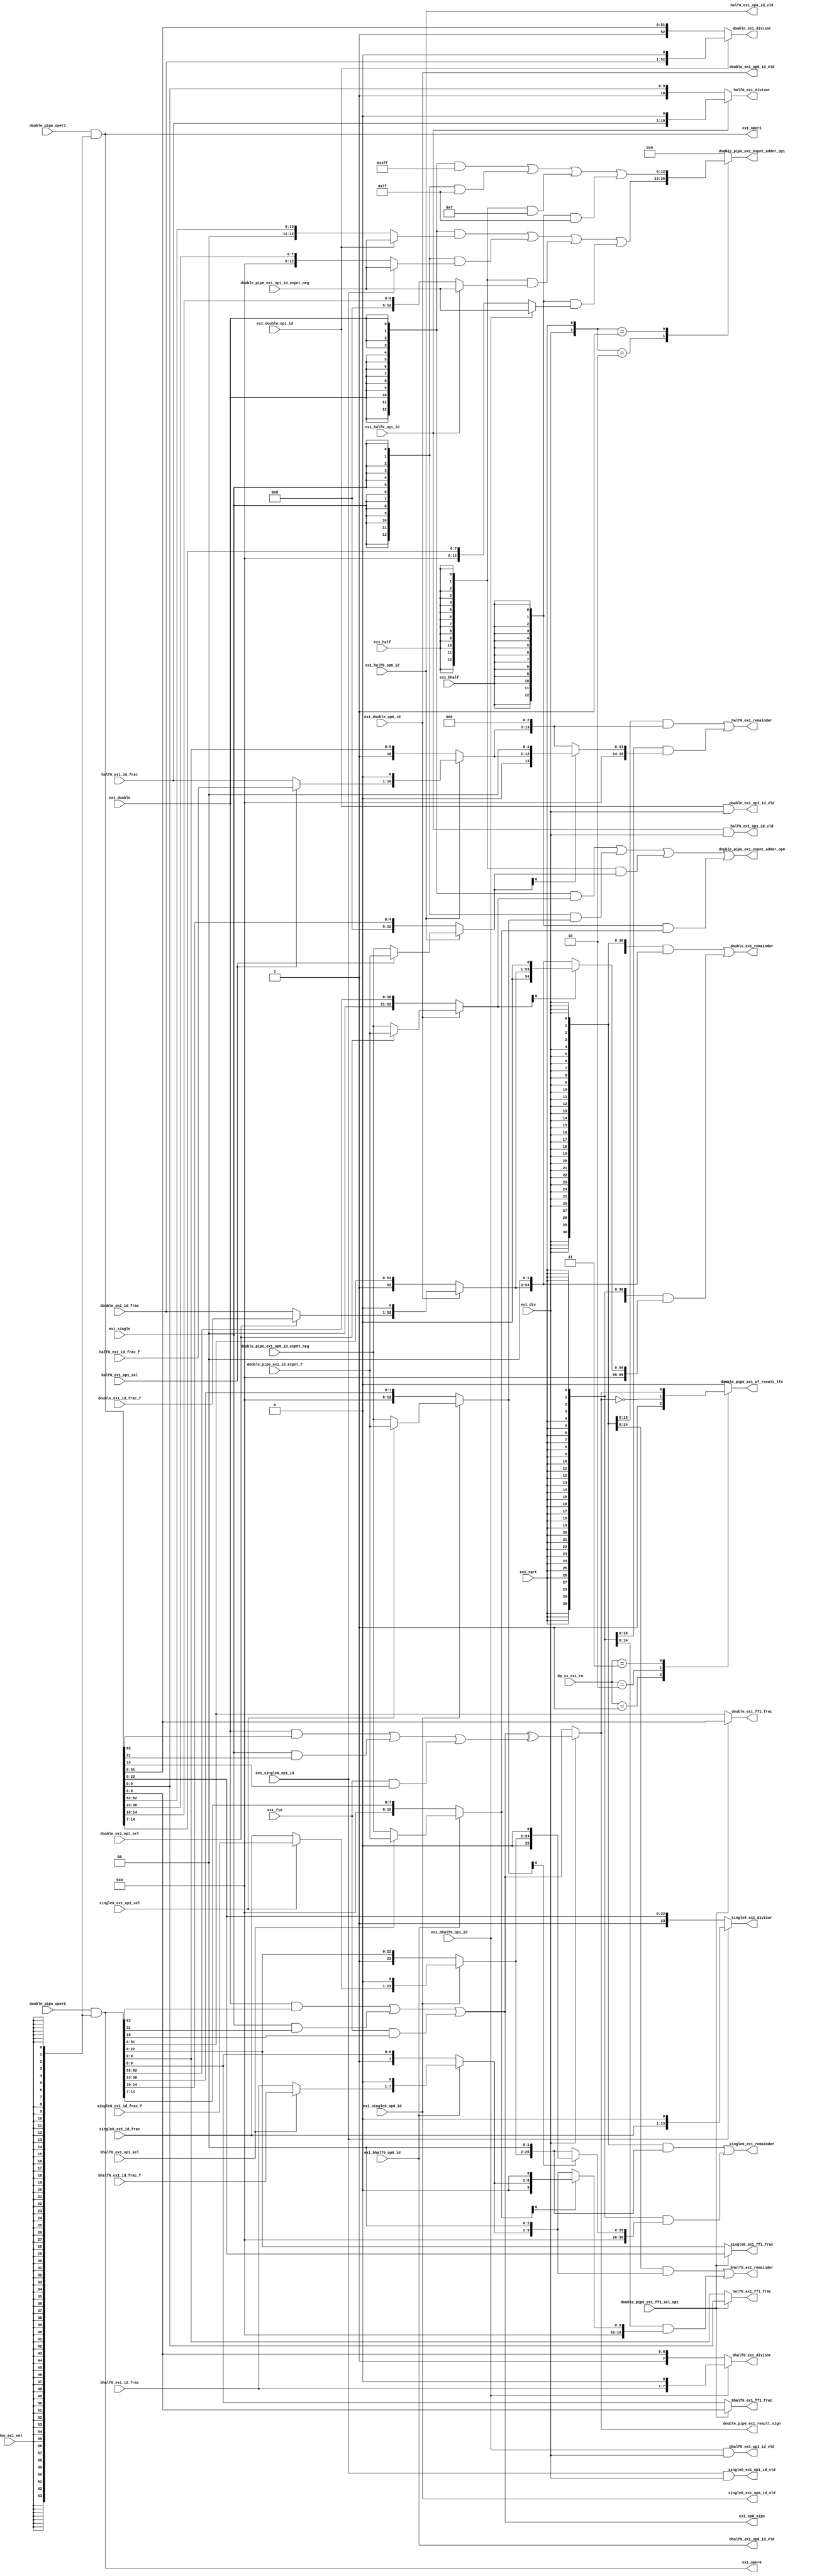
// This program was cloned from: https://github.com/T-head-Semi/openc906
// License: Apache License 2.0

/*Copyright 2020-2021 T-Head Semiconductor Co., Ltd.

Licensed under the Apache License, Version 2.0 (the "License");
you may not use this file except in compliance with the License.
You may obtain a copy of the License at

    http://www.apache.org/licenses/LICENSE-2.0

Unless required by applicable law or agreed to in writing, software
distributed under the License is distributed on an "AS IS" BASIS,
WITHOUT WARRANTIES OR CONDITIONS OF ANY KIND, either express or implied.
See the License for the specific language governing permissions and
limitations under the License.
*/

// &ModuleBeg; @23
module aq_fdsu_prepare(
  bhalf0_ex1_divisor,
  bhalf0_ex1_ff1_frac,
  bhalf0_ex1_id_frac,
  bhalf0_ex1_id_frac_f,
  bhalf0_ex1_op0_id_vld,
  bhalf0_ex1_op1_id_vld,
  bhalf0_ex1_op1_sel,
  bhalf0_ex1_remainder,
  double_ex1_divisor,
  double_ex1_ff1_frac,
  double_ex1_id_frac,
  double_ex1_id_frac_f,
  double_ex1_op0_id_vld,
  double_ex1_op1_id_vld,
  double_ex1_op1_sel,
  double_ex1_remainder,
  double_pipe_ex1_expnt_adder_op0,
  double_pipe_ex1_expnt_adder_op1,
  double_pipe_ex1_ff1_sel_op1,
  double_pipe_ex1_id_expnt_f,
  double_pipe_ex1_of_result_lfn,
  double_pipe_ex1_op0_id_expnt_neg,
  double_pipe_ex1_op1_id_expnt_neg,
  double_pipe_ex1_result_sign,
  double_pipe_oper0,
  double_pipe_oper1,
  dp_xx_ex1_rm,
  ex1_bhalf,
  ex1_bhalf0_op0_id,
  ex1_bhalf0_op1_id,
  ex1_div,
  ex1_double,
  ex1_double_op0_id,
  ex1_double_op1_id,
  ex1_f16,
  ex1_half,
  ex1_half0_op0_id,
  ex1_half0_op1_id,
  ex1_op0_sign,
  ex1_oper0,
  ex1_oper1,
  ex1_single,
  ex1_single0_op0_id,
  ex1_single0_op1_id,
  ex1_sqrt,
  fdsu_ex1_sel,
  half0_ex1_divisor,
  half0_ex1_ff1_frac,
  half0_ex1_id_frac,
  half0_ex1_id_frac_f,
  half0_ex1_op0_id_vld,
  half0_ex1_op1_id_vld,
  half0_ex1_op1_sel,
  half0_ex1_remainder,
  single0_ex1_divisor,
  single0_ex1_ff1_frac,
  single0_ex1_id_frac,
  single0_ex1_id_frac_f,
  single0_ex1_op0_id_vld,
  single0_ex1_op1_id_vld,
  single0_ex1_op1_sel,
  single0_ex1_remainder
);

// &Ports; @24
input   [6 :0]  bhalf0_ex1_id_frac;              
input   [6 :0]  bhalf0_ex1_id_frac_f;            
input           bhalf0_ex1_op1_sel;              
input   [51:0]  double_ex1_id_frac;              
input   [51:0]  double_ex1_id_frac_f;            
input           double_ex1_op1_sel;              
input           double_pipe_ex1_ff1_sel_op1;     
input   [12:0]  double_pipe_ex1_id_expnt_f;      
input   [12:0]  double_pipe_ex1_op0_id_expnt_neg; 
input   [12:0]  double_pipe_ex1_op1_id_expnt_neg; 
input   [63:0]  double_pipe_oper0;               
input   [63:0]  double_pipe_oper1;               
input   [2 :0]  dp_xx_ex1_rm;                    
input           ex1_bhalf;                       
input           ex1_bhalf0_op0_id;               
input           ex1_bhalf0_op1_id;               
input           ex1_div;                         
input           ex1_double;                      
input           ex1_double_op0_id;               
input           ex1_double_op1_id;               
input           ex1_f16;                         
input           ex1_half;                        
input           ex1_half0_op0_id;                
input           ex1_half0_op1_id;                
input           ex1_single;                      
input           ex1_single0_op0_id;              
input           ex1_single0_op1_id;              
input           ex1_sqrt;                        
input           fdsu_ex1_sel;                    
input   [9 :0]  half0_ex1_id_frac;               
input   [9 :0]  half0_ex1_id_frac_f;             
input           half0_ex1_op1_sel;               
input   [22:0]  single0_ex1_id_frac;             
input   [22:0]  single0_ex1_id_frac_f;           
input           single0_ex1_op1_sel;             
output  [7 :0]  bhalf0_ex1_divisor;              
output  [6 :0]  bhalf0_ex1_ff1_frac;             
output          bhalf0_ex1_op0_id_vld;           
output          bhalf0_ex1_op1_id_vld;           
output  [14:0]  bhalf0_ex1_remainder;            
output  [52:0]  double_ex1_divisor;              
output  [51:0]  double_ex1_ff1_frac;             
output          double_ex1_op0_id_vld;           
output          double_ex1_op1_id_vld;           
output  [59:0]  double_ex1_remainder;            
output  [12:0]  double_pipe_ex1_expnt_adder_op0; 
output  [12:0]  double_pipe_ex1_expnt_adder_op1; 
output          double_pipe_ex1_of_result_lfn;   
output          double_pipe_ex1_result_sign;     
output          ex1_op0_sign;                    
output  [63:0]  ex1_oper0;                       
output  [63:0]  ex1_oper1;                       
output  [10:0]  half0_ex1_divisor;               
output  [9 :0]  half0_ex1_ff1_frac;              
output          half0_ex1_op0_id_vld;            
output          half0_ex1_op1_id_vld;            
output  [18:0]  half0_ex1_remainder;             
output  [23:0]  single0_ex1_divisor;             
output  [22:0]  single0_ex1_ff1_frac;            
output          single0_ex1_op0_id_vld;          
output          single0_ex1_op1_id_vld;          
output  [30:0]  single0_ex1_remainder;           

// &Regs; @25
reg             double_pipe_ex1_of_result_lfn;   
reg     [12:0]  ex1_expnt_adder_op1;             

// &Wires; @26
wire    [7 :0]  bhalf0_ex1_div_nor_srt_op0;      
wire    [7 :0]  bhalf0_ex1_div_nor_srt_op1;      
wire    [12:0]  bhalf0_ex1_div_op0_expnt;        
wire    [12:0]  bhalf0_ex1_div_op1_expnt;        
wire    [7 :0]  bhalf0_ex1_divisor;              
wire    [6 :0]  bhalf0_ex1_ff1_frac;             
wire    [6 :0]  bhalf0_ex1_id_frac;              
wire    [6 :0]  bhalf0_ex1_id_frac_f;            
wire            bhalf0_ex1_op0_id_nor;           
wire            bhalf0_ex1_op0_id_vld;           
wire            bhalf0_ex1_op1_id_nor;           
wire            bhalf0_ex1_op1_id_vld;           
wire            bhalf0_ex1_op1_sel;              
wire    [12:0]  bhalf0_ex1_oper0_id_expnt;       
wire    [6 :0]  bhalf0_ex1_oper0_id_frac;        
wire    [12:0]  bhalf0_ex1_oper1_id_expnt;       
wire    [6 :0]  bhalf0_ex1_oper1_id_frac;        
wire    [14:0]  bhalf0_ex1_remainder;            
wire            bhalf0_ex1_sqrt_expnt_odd;       
wire    [7 :0]  bhalf0_ex1_sqrt_srt_op0;         
wire    [14:0]  bhalf0_sqrt_remainder;           
wire            div_sign;                        
wire    [52:0]  double_ex1_div_nor_srt_op0;      
wire    [52:0]  double_ex1_div_nor_srt_op1;      
wire    [12:0]  double_ex1_div_op0_expnt;        
wire    [12:0]  double_ex1_div_op1_expnt;        
wire    [52:0]  double_ex1_divisor;              
wire    [51:0]  double_ex1_ff1_frac;             
wire    [51:0]  double_ex1_id_frac;              
wire    [51:0]  double_ex1_id_frac_f;            
wire            double_ex1_op0_id_nor;           
wire            double_ex1_op0_id_vld;           
wire            double_ex1_op1_id_nor;           
wire            double_ex1_op1_id_vld;           
wire            double_ex1_op1_sel;              
wire    [12:0]  double_ex1_oper0_id_expnt;       
wire    [51:0]  double_ex1_oper0_id_frac;        
wire    [12:0]  double_ex1_oper1_id_expnt;       
wire    [51:0]  double_ex1_oper1_id_frac;        
wire    [59:0]  double_ex1_remainder;            
wire            double_ex1_sqrt_expnt_odd;       
wire    [52:0]  double_ex1_sqrt_srt_op0;         
wire    [12:0]  double_pipe_ex1_expnt_adder_op0; 
wire    [12:0]  double_pipe_ex1_expnt_adder_op1; 
wire            double_pipe_ex1_ff1_sel_op1;     
wire    [12:0]  double_pipe_ex1_id_expnt_f;      
wire    [12:0]  double_pipe_ex1_op0_id_expnt_neg; 
wire    [12:0]  double_pipe_ex1_op1_id_expnt_neg; 
wire            double_pipe_ex1_result_sign;     
wire    [63:0]  double_pipe_oper0;               
wire    [63:0]  double_pipe_oper1;               
wire    [59:0]  double_sqrt_remainder;           
wire    [2 :0]  dp_xx_ex1_rm;                    
wire            ex1_bhalf;                       
wire            ex1_bhalf0_op0_id;               
wire            ex1_bhalf0_op1_id;               
wire            ex1_div;                         
wire    [12:0]  ex1_div_op0_expnt;               
wire    [12:0]  ex1_div_op1_expnt;               
wire            ex1_double;                      
wire            ex1_double_op0_id;               
wire            ex1_double_op1_id;               
wire            ex1_f16;                         
wire            ex1_half;                        
wire            ex1_half0_op0_id;                
wire            ex1_half0_op1_id;                
wire            ex1_op0_sign;                    
wire            ex1_op1_sign;                    
wire    [63:0]  ex1_oper0;                       
wire    [63:0]  ex1_oper1;                       
wire            ex1_result_sign;                 
wire    [2 :0]  ex1_rm;                          
wire            ex1_single;                      
wire            ex1_single0_op0_id;              
wire            ex1_single0_op1_id;              
wire            ex1_sqrt;                        
wire    [12:0]  ex1_sqrt_op1_expnt;              
wire            fdsu_ex1_sel;                    
wire    [10:0]  half0_ex1_div_nor_srt_op0;       
wire    [10:0]  half0_ex1_div_nor_srt_op1;       
wire    [12:0]  half0_ex1_div_op0_expnt;         
wire    [12:0]  half0_ex1_div_op1_expnt;         
wire    [10:0]  half0_ex1_divisor;               
wire    [9 :0]  half0_ex1_ff1_frac;              
wire    [9 :0]  half0_ex1_id_frac;               
wire    [9 :0]  half0_ex1_id_frac_f;             
wire            half0_ex1_op0_id_nor;            
wire            half0_ex1_op0_id_vld;            
wire            half0_ex1_op1_id_nor;            
wire            half0_ex1_op1_id_vld;            
wire            half0_ex1_op1_sel;               
wire    [12:0]  half0_ex1_oper0_id_expnt;        
wire    [9 :0]  half0_ex1_oper0_id_frac;         
wire    [12:0]  half0_ex1_oper1_id_expnt;        
wire    [9 :0]  half0_ex1_oper1_id_frac;         
wire    [18:0]  half0_ex1_remainder;             
wire            half0_ex1_sqrt_expnt_odd;        
wire    [10:0]  half0_ex1_sqrt_srt_op0;          
wire    [18:0]  half0_sqrt_remainder;            
wire    [23:0]  single0_ex1_div_nor_srt_op0;     
wire    [23:0]  single0_ex1_div_nor_srt_op1;     
wire    [12:0]  single0_ex1_div_op0_expnt;       
wire    [12:0]  single0_ex1_div_op1_expnt;       
wire    [23:0]  single0_ex1_divisor;             
wire    [22:0]  single0_ex1_ff1_frac;            
wire    [22:0]  single0_ex1_id_frac;             
wire    [22:0]  single0_ex1_id_frac_f;           
wire            single0_ex1_op0_id_nor;          
wire            single0_ex1_op0_id_vld;          
wire            single0_ex1_op1_id_nor;          
wire            single0_ex1_op1_id_vld;          
wire            single0_ex1_op1_sel;             
wire    [12:0]  single0_ex1_oper0_id_expnt;      
wire    [22:0]  single0_ex1_oper0_id_frac;       
wire    [12:0]  single0_ex1_oper1_id_expnt;      
wire    [22:0]  single0_ex1_oper1_id_frac;       
wire    [30:0]  single0_ex1_remainder;           
wire            single0_ex1_sqrt_expnt_odd;      
wire    [23:0]  single0_ex1_sqrt_srt_op0;        
wire    [30:0]  single0_sqrt_remainder;          
wire            sqrt_sign;                       


parameter FLEN = 64;
// &Force("output","ex1_oper0"); @29
// &Force("output","ex1_oper1"); @30
assign ex1_oper0[63:0]             = double_pipe_oper0[FLEN-1:0] & {64{fdsu_ex1_sel}};
assign ex1_oper1[63:0]             = double_pipe_oper1[FLEN-1:0] & {64{fdsu_ex1_sel}};
//assign ex1_double                  = idu_fpu_ex1_fdsu_fmt[0];
//assign ex1_single                  = idu_fpu_ex1_fdsu_fmt[1];
//assign ex1_half                    = !ex1_double && !ex1_single && cp0_vpu_xx_bf16;
// &Force("bus", "idu_fpu_ex1_func", 9, 0); @36
assign double_ex1_op0_id_nor       = ex1_double_op0_id;
assign double_ex1_op1_id_nor       = ex1_double_op1_id;
assign single0_ex1_op0_id_nor      = ex1_single0_op0_id;
assign single0_ex1_op1_id_nor      = ex1_single0_op1_id;
assign half0_ex1_op0_id_nor        = ex1_half0_op0_id;
assign half0_ex1_op1_id_nor        = ex1_half0_op1_id;
assign bhalf0_ex1_op0_id_nor       = ex1_bhalf0_op0_id;
assign bhalf0_ex1_op1_id_nor       = ex1_bhalf0_op1_id;

//Sign bit prepare
assign ex1_op0_sign                = ex1_double && ex1_oper0[63]
                                  || ex1_single && ex1_oper0[31]
                                  || ex1_f16    && ex1_oper0[15];
assign ex1_op1_sign                = ex1_double && ex1_oper1[63]
                                  || ex1_single && ex1_oper1[31]
                                  || ex1_f16    && ex1_oper1[15];
assign div_sign                    = ex1_op0_sign ^ ex1_op1_sign;
assign sqrt_sign                   = ex1_op0_sign;
assign ex1_result_sign             = (ex1_div)
                                   ? div_sign
                                   : sqrt_sign;

//=====================find first one=======================
// this is for the denormal number
assign double_ex1_ff1_frac[51:0]  =  double_pipe_ex1_ff1_sel_op1 ? ex1_oper1[51:0]
                                                        : ex1_oper0[51:0];
assign single0_ex1_ff1_frac[22:0] = double_pipe_ex1_ff1_sel_op1 ? ex1_oper1[22:0]
                                                        : ex1_oper0[22:0];
assign half0_ex1_ff1_frac[9:0]    = double_pipe_ex1_ff1_sel_op1   ? ex1_oper1[9:0]
                                                        : ex1_oper0[9:0];
assign bhalf0_ex1_ff1_frac[6:0]   = double_pipe_ex1_ff1_sel_op1   ? ex1_oper1[6:0]
                                                        : ex1_oper0[6:0];
 
//&Instance("pa_fdsu_ff1", "x_frac_expnt");
// //&Connect(.frac_num(ex1_oper_frac[51:0])); @71
// //&Connect(.frac_bin_val(ex1_oper_id_expnt[12:0])); @72
// //&Connect(.fanc_shift_num(ex1_oper_id_frac[51:0])); @73
// //&Force("output", "ex1_oper_id_expnt"); &Force("bus", "ex1_oper_id_expnt", 12, 0); @74
// //&Force("output", "ex1_oper_id_frac"); &Force("bus", "ex1_oper_id_frac", 51, 0); @75

assign double_ex1_oper0_id_expnt[12:0]   = double_ex1_op1_sel ? double_pipe_ex1_id_expnt_f[12:0]
                                                              : double_pipe_ex1_op0_id_expnt_neg[12:0];
assign single0_ex1_oper0_id_expnt[12:0]  = single0_ex1_op1_sel ? double_pipe_ex1_id_expnt_f[12:0]
                                                               : double_pipe_ex1_op0_id_expnt_neg[12:0];
assign half0_ex1_oper0_id_expnt[12:0]    = half0_ex1_op1_sel ? double_pipe_ex1_id_expnt_f[12:0]
                                                             :  double_pipe_ex1_op0_id_expnt_neg[12:0];
assign bhalf0_ex1_oper0_id_expnt[12:0]   = bhalf0_ex1_op1_sel ? double_pipe_ex1_id_expnt_f[12:0]
                                                              : double_pipe_ex1_op0_id_expnt_neg[12:0]; 
//assign double_pipe_ex1_oper0_id_expnt[12:0]= {13{ex1_double}} & double_ex1_oper0_id_expnt[12:0]  |
//                                             {13{ex1_single}} & single0_ex1_oper0_id_expnt[12:0] |
//                                             {13{ex1_half}}   & half0_ex1_oper0_id_expnt[12:0]   |
//                                             {13{ex1_bhalf}}  & bhalf0_ex1_oper0_id_expnt[12:0];

assign double_ex1_oper0_id_frac[51:0]    = double_ex1_op1_sel ? double_ex1_id_frac_f[51:0]
                                                              : double_ex1_id_frac[51:0];
assign single0_ex1_oper0_id_frac[22:0]   = single0_ex1_op1_sel ? single0_ex1_id_frac_f[22:0]
                                                               : single0_ex1_id_frac[22:0];
assign half0_ex1_oper0_id_frac[9:0]      = half0_ex1_op1_sel ? half0_ex1_id_frac_f[9:0]
                                                             : half0_ex1_id_frac[9:0];         
assign bhalf0_ex1_oper0_id_frac[6:0]     = bhalf0_ex1_op1_sel ? bhalf0_ex1_id_frac_f[6:0]
                                                              : bhalf0_ex1_id_frac[6:0];


assign double_ex1_oper1_id_expnt[12:0]  = double_pipe_ex1_op1_id_expnt_neg[12:0];
assign double_ex1_oper1_id_frac[51:0]   = double_ex1_id_frac[51:0];
assign single0_ex1_oper1_id_expnt[12:0] = double_pipe_ex1_op1_id_expnt_neg[12:0];
assign single0_ex1_oper1_id_frac[22:0]  = single0_ex1_id_frac[22:0];
assign half0_ex1_oper1_id_expnt[12:0]   = double_pipe_ex1_op1_id_expnt_neg[12:0];
assign half0_ex1_oper1_id_frac[9:0]    = half0_ex1_id_frac[9:0];
assign bhalf0_ex1_oper1_id_expnt[12:0]  = double_pipe_ex1_op1_id_expnt_neg[12:0];
assign bhalf0_ex1_oper1_id_frac[6:0]   = bhalf0_ex1_id_frac[6:0];

//assign ex1_oper0_frac[51:0] = {52{ex1_double}} & ex1_oper0[51:0]
//                            | {52{ex1_single}} & {ex1_oper0[22:0],29'b0};
//assign ex1_oper1_frac[51:0] = {52{ex1_double}} & ex1_oper1[51:0]
//                            | {52{ex1_single}} & {ex1_oper1[22:0],29'b0};

//=====================exponent add=========================
//exponent number 0
assign double_ex1_div_op0_expnt[12:0]     = double_ex1_op0_id_nor ? double_ex1_oper0_id_expnt[12:0] 
                                                                  : {2'b0,ex1_oper0[62:52]};
assign single0_ex1_div_op0_expnt[12:0]    = single0_ex1_op0_id_nor ? single0_ex1_oper0_id_expnt[12:0]
                                                                   : {5'b0,ex1_oper0[30:23]};
assign half0_ex1_div_op0_expnt[12:0]      = half0_ex1_op0_id_nor ? half0_ex1_oper0_id_expnt[12:0]
                                                                 : {8'b0,ex1_oper0[14:10]};
assign bhalf0_ex1_div_op0_expnt[12:0]     = bhalf0_ex1_op0_id_nor ? bhalf0_ex1_oper0_id_expnt[12:0] 
                                                                  : {5'b0,ex1_oper0[14:7]};
// oper1                                                                   
assign double_ex1_div_op1_expnt[12:0]     = double_ex1_op1_id_nor ? double_ex1_oper1_id_expnt[12:0] 
                                                                  : {2'b0,ex1_oper1[62:52]};
assign single0_ex1_div_op1_expnt[12:0]    = single0_ex1_op1_id_nor ? single0_ex1_oper1_id_expnt[12:0]
                                                                   : {5'b0,ex1_oper1[30:23]};
assign half0_ex1_div_op1_expnt[12:0]      = half0_ex1_op1_id_nor ? half0_ex1_oper1_id_expnt[12:0]
                                                                 : {8'b0,ex1_oper1[14:10]};
assign bhalf0_ex1_div_op1_expnt[12:0]     = bhalf0_ex1_op1_id_nor ? bhalf0_ex1_oper1_id_expnt[12:0] 
                                                                  : {5'b0,ex1_oper1[14:7]};  

assign ex1_div_op0_expnt[12:0]     = {13{ex1_double}} & double_ex1_div_op0_expnt[12:0]
                                   | {13{ex1_single}} & single0_ex1_div_op0_expnt[12:0]
                                   | {13{ex1_half}}   & half0_ex1_div_op0_expnt[12:0]
                                   | {13{ex1_bhalf}}  & bhalf0_ex1_div_op0_expnt[12:0];
//exponent number 1
assign ex1_div_op1_expnt[12:0]  = {13{ex1_double}} & double_ex1_div_op1_expnt[12:0]
                                | {13{ex1_single}} & single0_ex1_div_op1_expnt[12:0]
                                | {13{ex1_half}}   & half0_ex1_div_op1_expnt[12:0]
                                | {13{ex1_bhalf}}  & bhalf0_ex1_div_op1_expnt[12:0];

assign ex1_sqrt_op1_expnt[12:0] = {13{ex1_double}} & {3'b0,{10{1'b1}}} //'d1023
                                | {13{ex1_single}} & {6'b0,{7{1'b1}}}  // d127
                                | {13{ex1_half}}   & {9'b0,{4{1'b1}}}  //'d15
                                | {13{ex1_bhalf}}  & {6'b0,{7{1'b1}}}; // d127
                              
assign double_pipe_ex1_expnt_adder_op0[12:0] = ex1_div_op0_expnt[12:0];
// &CombBeg; @150
always @( ex1_div
       or ex1_sqrt_op1_expnt[12:0]
       or ex1_sqrt
       or ex1_div_op1_expnt[12:0])
begin
case({ex1_div,ex1_sqrt})
  2'b10:   ex1_expnt_adder_op1[12:0] = ex1_div_op1_expnt[12:0];
  2'b01:   ex1_expnt_adder_op1[12:0] = ex1_sqrt_op1_expnt[12:0];
  default: ex1_expnt_adder_op1[12:0] = 13'b0;
endcase
// &CombEnd; @156
end

//ex1_sqrt_expnt_odd
//fraction will shift left by 1
// adder_op0/1 timing is bad.
// assign ex1_sqrt_expnt_odd          = ex1_expnt_adder_op0[0] ^ ex1_expnt_adder_op1[0];

// sqrt_odd is only used when is sqrt.
// ex1_expnt_adder_op1 is always 1'b1, so adder_op0[0] should be 0.
assign double_pipe_ex1_expnt_adder_op1[12:0] = ex1_expnt_adder_op1[12:0];
assign double_ex1_sqrt_expnt_odd             = !double_ex1_div_op0_expnt[0];
assign single0_ex1_sqrt_expnt_odd            = !single0_ex1_div_op0_expnt[0];
assign half0_ex1_sqrt_expnt_odd              = !half0_ex1_div_op0_expnt[0];
assign bhalf0_ex1_sqrt_expnt_odd             = !bhalf0_ex1_div_op0_expnt[0];

assign ex1_rm[2:0]       = dp_xx_ex1_rm[2:0];
//RNE : Always inc 1 because round to nearest of 1.111...11
//RTZ : Always not inc 1
//RUP : Always not inc 1 when posetive
//RDN : Always not inc 1 when negative
//RMM : Always inc 1 because round to max magnitude
// &CombBeg; @177
always @( ex1_rm[2:0]
       or ex1_result_sign)
begin
case(ex1_rm[2:0])
  3'b000  : double_pipe_ex1_of_result_lfn = 1'b0;
  3'b001  : double_pipe_ex1_of_result_lfn = 1'b1;
  3'b010  : double_pipe_ex1_of_result_lfn = !ex1_result_sign;
  3'b011  : double_pipe_ex1_of_result_lfn = ex1_result_sign;
  3'b100  : double_pipe_ex1_of_result_lfn = 1'b0;
  default:  double_pipe_ex1_of_result_lfn = 1'b0;
endcase
// &CombEnd; @186
end

//EX1 Remainder
//div  : 1/8  <= x < 1/4
//sqrt : 1/16 <= x < 1/4
//
assign double_ex1_remainder[59:0]  = {60{ex1_div }} & {5'b0,double_ex1_div_nor_srt_op0[52:0],2'b0} |
                                     {60{ex1_sqrt}} & double_sqrt_remainder[59:0];
assign single0_ex1_remainder[30:0] = {31{ex1_div }} & {5'b0,single0_ex1_div_nor_srt_op0[23:0],2'b0} |
                                     {31{ex1_sqrt}} & single0_sqrt_remainder[30:0];
assign half0_ex1_remainder[18:0]   = {19{ex1_div }} & {5'b0,half0_ex1_div_nor_srt_op0[10:0],3'b0} |
                                     {19{ex1_sqrt}} & half0_sqrt_remainder[18:0];
assign bhalf0_ex1_remainder[14:0]  = {15{ex1_div }} & {5'b0,bhalf0_ex1_div_nor_srt_op0[7:0],2'b0} |
                                     {15{ex1_sqrt}} & bhalf0_sqrt_remainder[14:0];
                                  

//EX1 Divisor
//1/2 <= y < 1
assign double_ex1_divisor[52:0]    = double_ex1_div_nor_srt_op1[52:0];
assign single0_ex1_divisor[23:0]   = single0_ex1_div_nor_srt_op1[23:0];
assign half0_ex1_divisor[10:0]     = half0_ex1_div_nor_srt_op1[10:0];
assign bhalf0_ex1_divisor[7:0]     = bhalf0_ex1_div_nor_srt_op1[7:0];

//ex1_div_nor_srt_op0
//assign ex1_div_noid_nor_srt_op0[52:0] = {1'b1,ex1_oper0[51:0]}
//                                      | {53{ex1_single}} & {1'b1,ex1_oper0[22:0],29'b0};
assign double_ex1_div_nor_srt_op0[52:0]  = double_ex1_op0_id_nor ? {double_ex1_oper0_id_frac[51:0],1'b0}
                                                                 : {1'b1,ex1_oper0[51:0]};
assign single0_ex1_div_nor_srt_op0[23:0] = single0_ex1_op0_id_nor ? {single0_ex1_oper0_id_frac[22:0],1'b0}
                                                                  : {1'b1,ex1_oper0[22:0]};
assign half0_ex1_div_nor_srt_op0[10:0]   = half0_ex1_op0_id_nor ? {half0_ex1_oper0_id_frac[9:0],1'b0}
                                                                : {1'b1,ex1_oper0[9:0]};
assign bhalf0_ex1_div_nor_srt_op0[7:0]   = bhalf0_ex1_op0_id_nor ? {bhalf0_ex1_oper0_id_frac[6:0],1'b0}
                                                                 : {1'b1,ex1_oper0[6:0]};
                                                                 
//ex1_div_nor_srt_op1
assign double_ex1_div_nor_srt_op1[52:0]  = double_ex1_op1_id_nor ? {double_ex1_oper1_id_frac[51:0],1'b0}
                                                               :  {1'b1,ex1_oper1[51:0]};
assign single0_ex1_div_nor_srt_op1[23:0] = single0_ex1_op1_id_nor ? {single0_ex1_oper1_id_frac[22:0],1'b0}
                                                               :  {1'b1,ex1_oper1[22:0]};
assign half0_ex1_div_nor_srt_op1[10:0]   = half0_ex1_op1_id_nor ? {half0_ex1_oper1_id_frac[9:0],1'b0}
                                                               :  {1'b1,ex1_oper1[9:0]};
assign bhalf0_ex1_div_nor_srt_op1[7:0]   = bhalf0_ex1_op1_id_nor ? {bhalf0_ex1_oper1_id_frac[6:0],1'b0}
                                                               :  {1'b1,ex1_oper1[6:0]};
//sqrt_remainder
assign double_sqrt_remainder[59:0]      = (double_ex1_sqrt_expnt_odd)
                                         ? {5'b0,double_ex1_sqrt_srt_op0[52:0],2'b0}
                                         : {6'b0,double_ex1_sqrt_srt_op0[52:0],1'b0};
assign single0_sqrt_remainder[30:0]     = (single0_ex1_sqrt_expnt_odd)
                                         ? {5'b0,single0_ex1_sqrt_srt_op0[23:0],2'b0}
                                         : {6'b0,single0_ex1_sqrt_srt_op0[23:0],1'b0};
assign half0_sqrt_remainder[18:0]       = (half0_ex1_sqrt_expnt_odd)
                                         ? {5'b0,half0_ex1_sqrt_srt_op0[10:0],3'b0}
                                         : {6'b0,half0_ex1_sqrt_srt_op0[10:0],2'b0};
assign bhalf0_sqrt_remainder[14:0]      = (bhalf0_ex1_sqrt_expnt_odd)
                                         ? {5'b0,bhalf0_ex1_sqrt_srt_op0[7:0],2'b0}
                                         : {6'b0,bhalf0_ex1_sqrt_srt_op0[7:0],1'b0};
//ex1_sqrt_srt_op0
assign double_ex1_sqrt_srt_op0[52:0]    = double_ex1_div_nor_srt_op0[52:0];
assign single0_ex1_sqrt_srt_op0[23:0]   = single0_ex1_div_nor_srt_op0[23:0];
assign half0_ex1_sqrt_srt_op0[10:0]     = half0_ex1_div_nor_srt_op0[10:0];
assign bhalf0_ex1_sqrt_srt_op0[7:0]     = bhalf0_ex1_div_nor_srt_op0[7:0];

//========================Pipe to EX2=======================
//exponent register cal result
// //&Force("output", "ex1_expnt_adder_op0"); &Force("bus", "ex1_expnt_adder_op0", 12, 0); @252
// //&Force("output", "ex1_expnt_adder_op1"); &Force("bus", "ex1_expnt_adder_op1", 12, 0); @253
// //&Force("output", "ex1_double"); @254
// //&Force("output", "ex1_expnt_adder_op0"); &Force("bus", "ex1_expnt_adder_op0", 12, 0); @256
// //&Force("output", "ex1_expnt_adder_op1"); &Force("bus", "ex1_expnt_adder_op1", 12, 0); @257
assign double_pipe_ex1_result_sign = ex1_result_sign;
// //&Force("output", "ex1_div"); @260
// //&Force("output", "ex1_sqrt"); @261
// //&Force("output", "ex1_rm"); &Force("bus", "ex1_rm", 2, 0); @262
// &Force("output", "ex1_op0_sign"); @263

assign double_ex1_op1_id_vld  = double_ex1_op1_id_nor && ex1_div;
assign single0_ex1_op1_id_vld = single0_ex1_op1_id_nor && ex1_div;
assign half0_ex1_op1_id_vld   = half0_ex1_op1_id_nor && ex1_div;
assign bhalf0_ex1_op1_id_vld  = bhalf0_ex1_op1_id_nor && ex1_div;

assign double_ex1_op0_id_vld  = double_ex1_op0_id_nor;
assign single0_ex1_op0_id_vld = single0_ex1_op0_id_nor;
assign half0_ex1_op0_id_vld   = half0_ex1_op0_id_nor; 
assign bhalf0_ex1_op0_id_vld  = bhalf0_ex1_op0_id_nor;
// &ModuleEnd; @274
endmodule